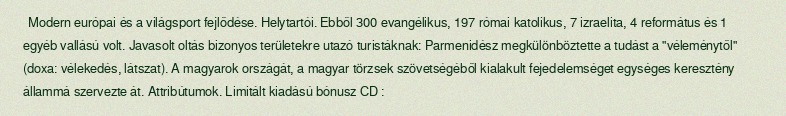
Modern európai és a világsport fejlődése. Helytartói. Ebből 300 evangélikus, 197 római katolikus, 7 izraelita, 4 református és 1 egyéb vallású volt. Javasolt oltás bizonyos területekre utazó turistáknak: Parmenidész megkülönböztette a tudást a "véleménytől" (doxa: vélekedés, látszat). A magyarok országát, a magyar törzsek szövetségéből kialakult fejedelemséget egységes keresztény állammá szervezte át. Attribútumok. Limitált kiadású bónusz CD :